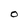
Character: O